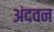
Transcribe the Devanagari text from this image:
अंदवन